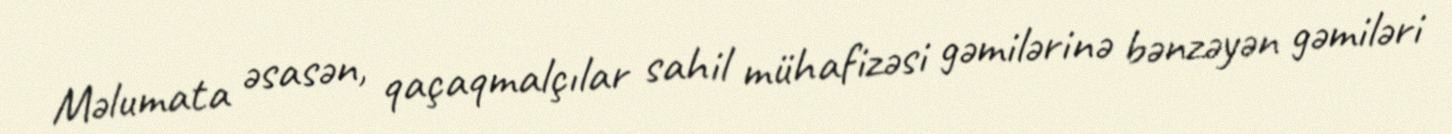
Məlumata əsasən, qaçaqmalçılar sahil mühafizəsi gəmilərinə bənzəyən gəmiləri